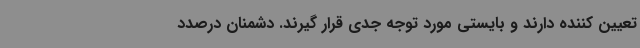
تعیین کننده دارند و بایستی مورد توجه جدی قرار گیرند. دشمنان درصدد